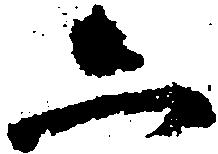
六